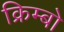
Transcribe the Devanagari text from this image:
क्रिम्बो